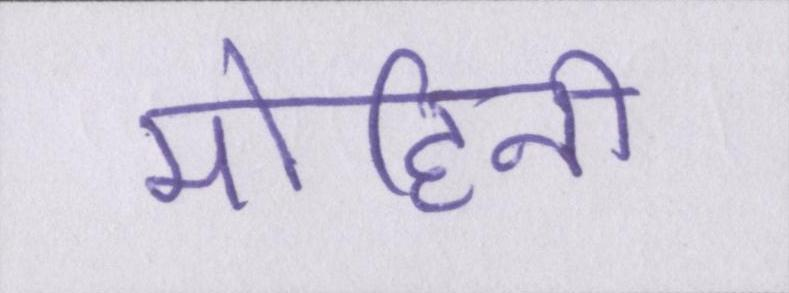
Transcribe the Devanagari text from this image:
मोहिनी